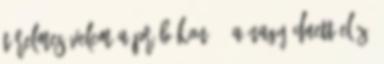
türelmes velem a próbákon. - A Nagy Duett előző